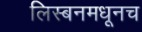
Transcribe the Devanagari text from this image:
लिस्बनमधूनच